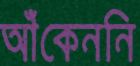
আঁকেননি